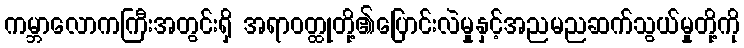
ကမ္ဘာလောကကြီးအတွင်းရှိ အရာဝတ္ထုတို့၏ပြောင်းလဲမှုနှင့်အညမညဆက်သွယ်မှုတို့ကို